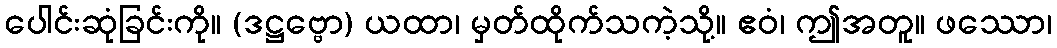
ပေါင်းဆုံခြင်းကို။ (ဒဋ္ဌဗ္ဗော) ယထာ၊ မှတ်ထိုက်သကဲ့သို့။ ဧဝံ၊ ဤအတူ။ ဖဿော၊